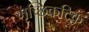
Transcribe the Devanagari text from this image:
मृच्छिकटिक